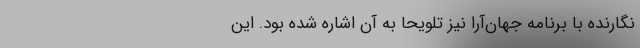
نگارنده با برنامه جهان‌آرا نیز تلویحاً به آن‌ اشاره شده بود. این